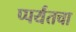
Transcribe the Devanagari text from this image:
प्पर्यंतचा